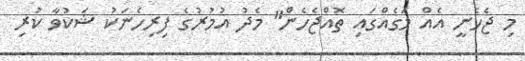
މި ޖެހެނީ އެއް މަގެއްގައި ތޮއްޖެހެން" މެދު އުމުރުގެ ފިރިހެނަކު ޝަކުވާ ކުރި